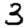
Digit: 3